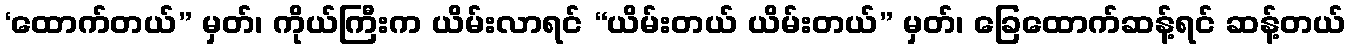
‘ထောက်တယ်” မှတ်၊ ကိုယ်ကြီးက ယိမ်းလာရင် “ယိမ်းတယ် ယိမ်းတယ်” မှတ်၊ ခြေထောက်ဆန့်ရင် ဆန့်တယ်